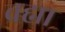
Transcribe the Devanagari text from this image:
व्रह्मा